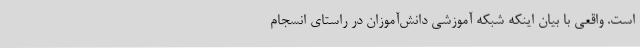
است. واقعی با بیان اینکه شبکه آموزشی دانش‌آموزان در راستای انسجام